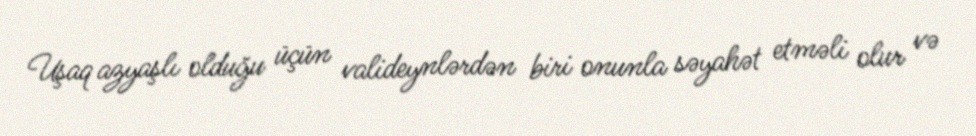
Uşaq azyaşlı olduğu üçün valideynlərdən biri onunla səyahət etməli olur və